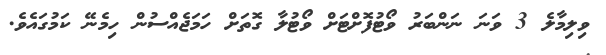
ވިލިމާލެ 3 ވަނަ ނަންބަރު ވޯޓުފޮށްޓަށް ވޯޓުލާ ގޮތަށް ހަމަޖެއްސުން ހިމެނޭ ކަމުގައެވެ.